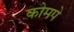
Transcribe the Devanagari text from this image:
कोमपे